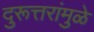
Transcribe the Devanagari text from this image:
दुरूत्तरांमुळे